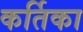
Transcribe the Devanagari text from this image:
कर्तिका